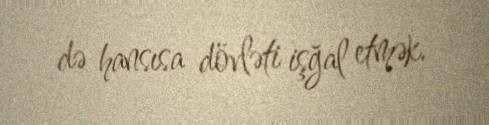
də hansısa dövləti işğal etmək.